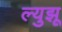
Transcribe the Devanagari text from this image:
ल्युझू